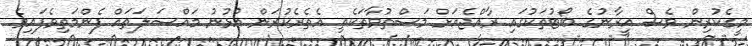
މީގެކުރިން ވެސް އީރާނުގެ ބޯޓުތަކުގައި ރާއްޖެއަށް މަސްތުވާތަކެތި އެތެރެކުރަން އުޅުނު މައްސަލަތައް ފެންމަތިވެފައިވެ